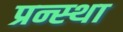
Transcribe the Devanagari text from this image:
प्रन्स्था